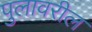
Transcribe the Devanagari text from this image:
पुलावरील